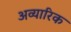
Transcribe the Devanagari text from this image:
अव्यारिक